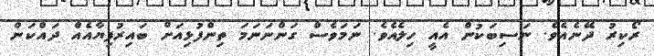
ރޯކިރު ދޭނެއެވެ. ނަސިބަކުން އެއީ ހިލެއެވެ. ނަމަވެސް ގަންނަނަމަ ތިންފުޅިއަށް ބައިރުފިޔާއެއް ދައްކަން